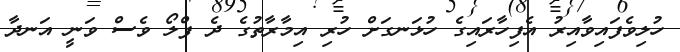
ހުލިވެފައިވާއިރު އެފިހާރައިގެ ހުޅަނގަށް ހުރި އިމާރާތުގެ ދެ ފްލޯ ވެސް ވަނީ އަނދާ